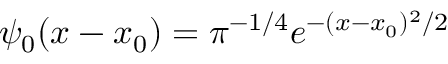
\psi _ { 0 } ( x - x _ { 0 } ) = \pi ^ { - 1 / 4 } e ^ { - ( x - x _ { 0 } ) ^ { 2 } / 2 }